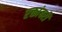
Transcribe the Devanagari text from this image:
रक्तांबरी